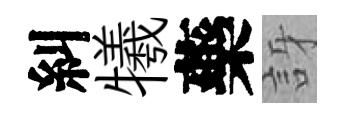
糾犧藥訝